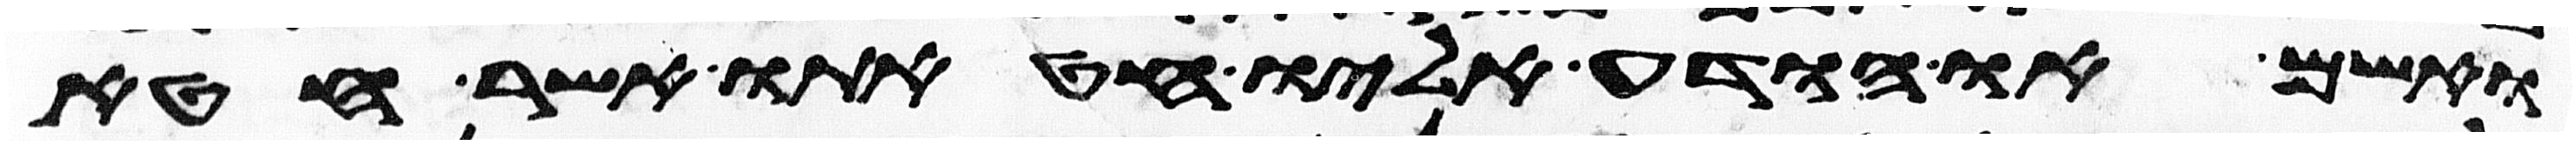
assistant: ואשם או הודע אליו חטאתו אשר חטא